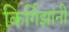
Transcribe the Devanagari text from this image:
किर्गिझांनी